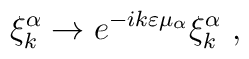
\xi^\alpha_k\to e^{-ik\varepsilon\mu_\alpha}\xi^\alpha_k\ ,